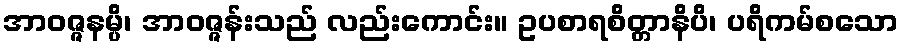
အာဝဇ္ဇနမ္ပိ၊ အာဝဇ္ဇန်းသည် လည်းကောင်း။ ဥပစာရစိတ္တာနိပိ၊ ပရိကမ်စသော